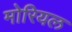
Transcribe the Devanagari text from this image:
मोरियल